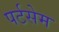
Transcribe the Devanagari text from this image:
पर्टसेम